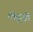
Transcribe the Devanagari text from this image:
लैब्रुज़ी